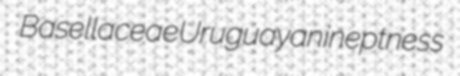
Basellaceae Uruguayan ineptness